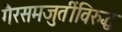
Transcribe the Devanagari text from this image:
गैरसमजुतींविरुद्ध